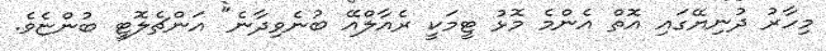
މިހާރު ދުނިޔޭގައި އޮތް އެންމެ މޮޅު ޓީމަކީ ރެއާލްއޭ ބުނެވިދާނެ" އަންޗެލޮޓީ ބުންޏެވެ.